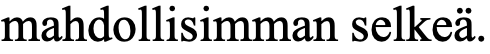
mahdollisimman selkeä.